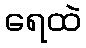
ရေထဲ